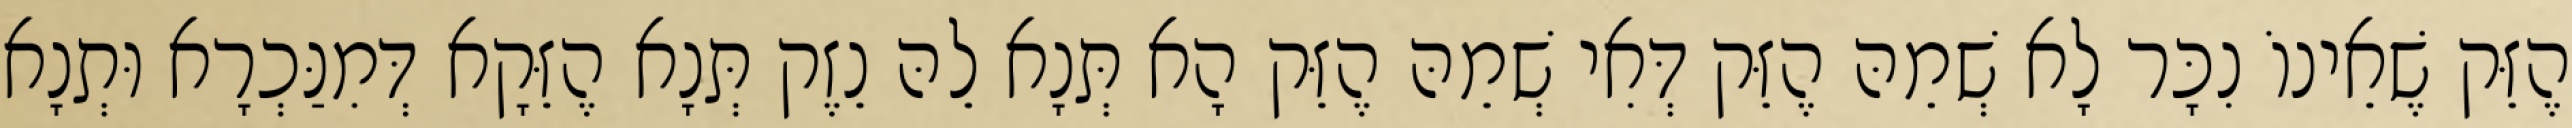
הֶזֵּק שֶׁאֵינוֹ נִכָּר לָא שְׁמֵהּ הֶזֵּק דְּאִי שְׁמֵהּ הֶזֵּק הָא תְּנָא לֵהּ נֵזֶק תְּנָא הֶזֵּקָא דְּמִנַּכְרָא וּתְנָא